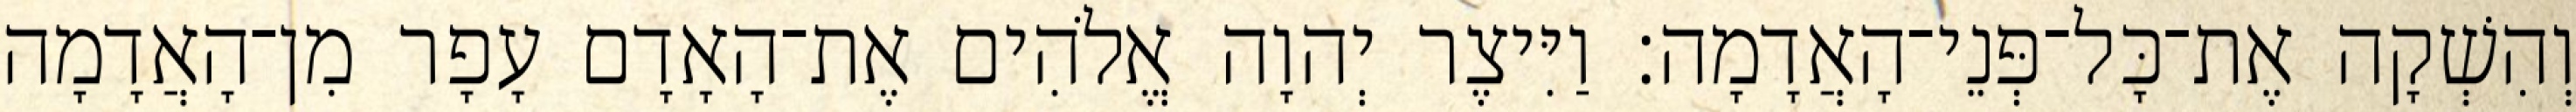
וְהִשְׁקָה אֶת־כָּל־פְּנֵי־הָאֲדָמָה׃ וַיִּיצֶר יְהוָה אֱלֹהִים אֶת־הָאָדָם עָפָר מִן־הָאֲדָמָה